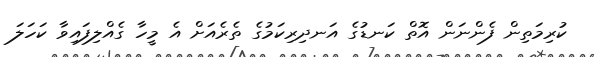
ކުރިމަތިން ފެންނަން އޮތް ކަނޑުގެ އަނދިރިކަމުގެ ތެރެއަށް އެ މީހާ ގެއްލިފައިވާ ކަހަލަ